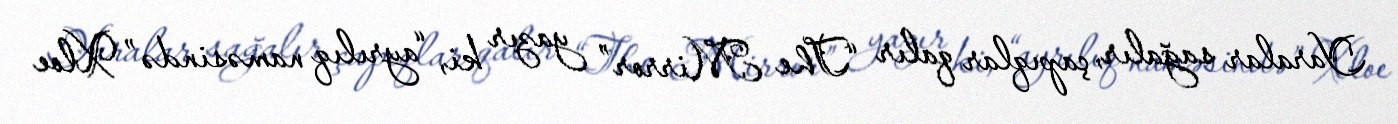
Yaralar sağalır, çapıqlar qalır “The Mirror” yazır ki, “ayrılıq naməsində” Xloe